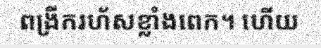
ពង្រីករហ័សខ្លាំងពេក។ ហើយ